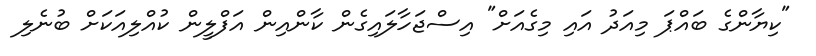
"ކިޔާންގެ ބައްޕަ މިއަދު އައި މިގެއަށް" އިސްޖަހާލައިގެން ކާންއިން އަފްލީން ކުއްލިއަކަށް ބުނެލި